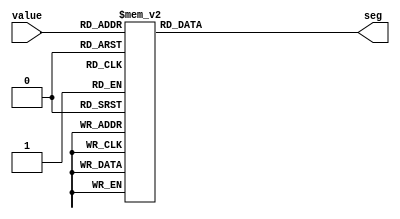
module val2seg (
    input  wire  [3:0] value,
    output reg   [6:0] seg
);
    localparam CHAR_N        = 7'b1111111;
    localparam CHAR_0        = 7'b1000000;
    localparam CHAR_1        = 7'b1111001;
    localparam CHAR_2        = 7'b0100100;
    localparam CHAR_3        = 7'b0110000;
    localparam CHAR_4        = 7'b0011001;
    localparam CHAR_5        = 7'b0010010;
    localparam CHAR_6        = 7'b0000010;
    localparam CHAR_7        = 7'b1111000;
    localparam CHAR_8        = 7'b0000000;
    localparam CHAR_9        = 7'b0010000;
    localparam CHAR_A        = 7'b0001000;
    localparam CHAR_B        = 7'b0000011;
    localparam CHAR_C        = 7'b1000110;
    localparam CHAR_D        = 7'b0100001;
    localparam CHAR_E        = 7'b0000110;
    localparam CHAR_F        = 7'b0001110;
    always @(*) begin
        case (value)
        4'h0: seg <= CHAR_0;
        4'h1: seg <= CHAR_1;
        4'h2: seg <= CHAR_2;
        4'h3: seg <= CHAR_3;
        4'h4: seg <= CHAR_4;
        4'h5: seg <= CHAR_5;
        4'h6: seg <= CHAR_6;
        4'h7: seg <= CHAR_7;
        4'h8: seg <= CHAR_8;
        4'h9: seg <= CHAR_9;
        4'hA: seg <= CHAR_A;
        4'hB: seg <= CHAR_B;
        4'hC: seg <= CHAR_C;
        4'hD: seg <= CHAR_D;
        4'hE: seg <= CHAR_E;
        4'hF: seg <= CHAR_F;
        default: seg <= CHAR_N;
        endcase
    end
endmodule